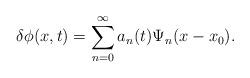
LaTeX: \begin{align*}\delta\phi(x,t)=\sum_{n=0}^{\infty} a_n(t) \Psi_n(x-x_0).\end{align*}